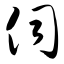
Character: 伺